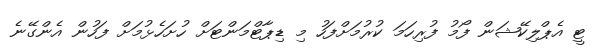
ޓީ އެޕްލިކޭޝަން ފޯމު ފުރިހަމަ ކުރުމަށްފަހު މި ޑިޕާޓްމަންޓަށް ހުށަހެޅުމަށް ފަހުން އެންގޭނެ